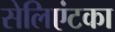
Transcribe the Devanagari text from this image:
सेलिएंटका